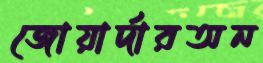
জোয়ার্দারঅন